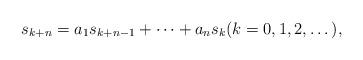
LaTeX: \begin{align*}s_{k+n}=a_1s_{k+n-1}+\cdots+a_ns_k (k=0,1,2,\dots),\end{align*}